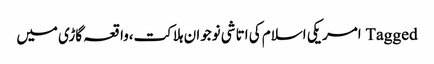
Tagged امریکی اسلام کی اتاشی نوجوان ہلاکت،واقعہ گاڑی میں